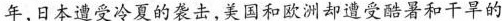
年，日本遭受冷夏的袭击，美国和欧洲却遭受酷暑和干旱的